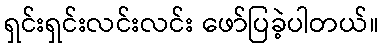
ရှင်းရှင်းလင်းလင်း ဖော်ပြခဲ့ပါတယ်။